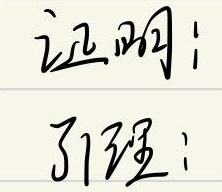
证明：引理：